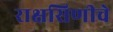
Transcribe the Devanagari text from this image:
राक्षसिणीचे